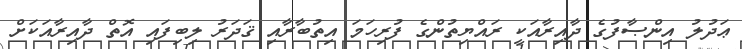
ޢަދުލު އިންޞާފުގެ ދާއިރާއަކީ ރައްޔިތުންގެ ފުރިހަމަ އިތުބާރާއި ޤަދަރު ލިބިފައި އޮތް ދާއިރާއަކަށް